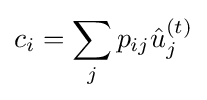
c_{i}=\sum _{j}p_{ij}{\hat {u}}_{j}^{(t)}